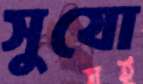
সুযো